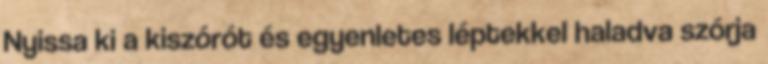
Nyissa ki a kiszórót és egyenletes léptekkel haladva szórja